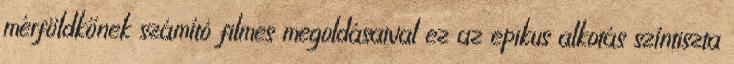
mérföldkőnek számító filmes megoldásaival ez az epikus alkotás színtiszta